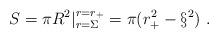
LaTeX: \begin{align*}S= \pi R^2 | ^{r=r_+}_{r=\Sigma } = \pi (r_+^2 - \S^2)\ .\end{align*}